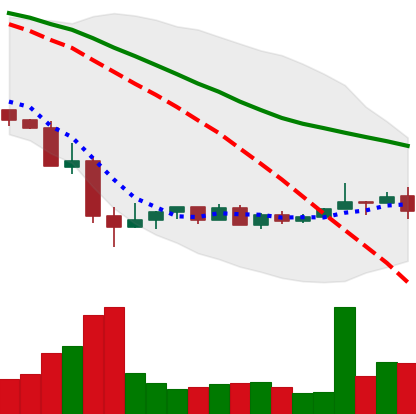
Ticker: NEO-USD
Chart end date: 2022-05-26
Forward return: 7.536%
Label: up_7plus